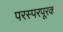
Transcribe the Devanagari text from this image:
परस्परपूरकता